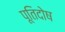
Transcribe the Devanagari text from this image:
पूतिदोष